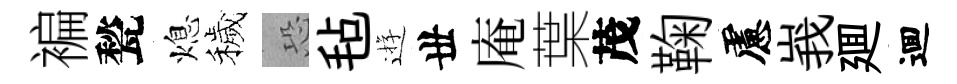
褊甃熄穢恐毡逰丗庵葉茂鞠慮峩廽逥